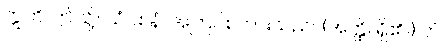
ဣတိ၊ ဤသို့။ ယံဝစနံ၊ အကြင်စကားသည်။ (အတ္ထိ၊ ရှိ၏။) တံ